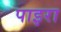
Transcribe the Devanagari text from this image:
पाइरा